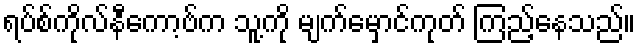
ရပ်စ်ကိုလ်နီကော့ဗ်က သူ့ကို မျက်မှောင်ကုတ် ကြည့်နေသည်။